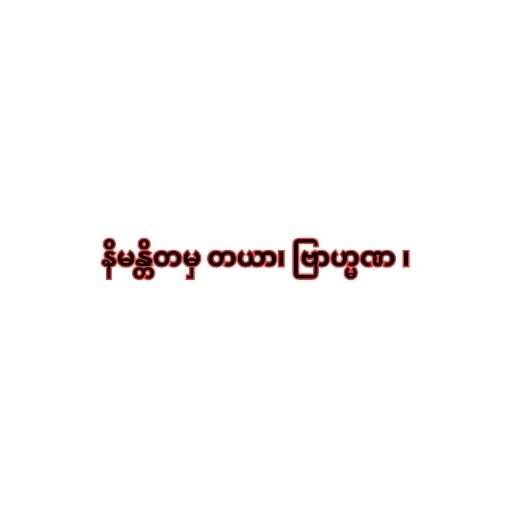
နိမန္တိတမှ တယာ၊ ဗြာဟ္မဏ ၊